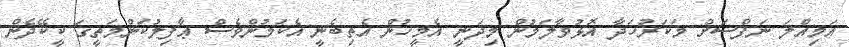
ޢަމިއްލަ ނަފްސަށް މަކަރުހަދާ އޮޅުވާލަމުން މިދަނީ އެމީހުން އެތިބެނީ އެކަމުންވެސް ޢާފިލުކަންމަތީގަ ކީކޭދެން